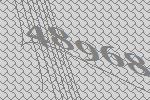
48968